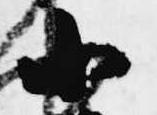
小